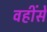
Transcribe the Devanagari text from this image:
वहींसे